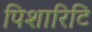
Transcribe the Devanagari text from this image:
पिशारिटि